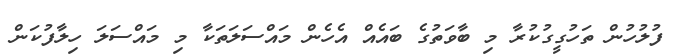
ފުލުހުން ތަހުގީގުކުރާ މި ބާވަތުގެ ބައެއް އެހެން މައްސަލަތަކާ މި މައްސަލަ ހިލާފުކަން